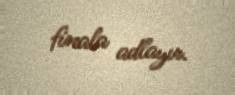
finala adlayır.